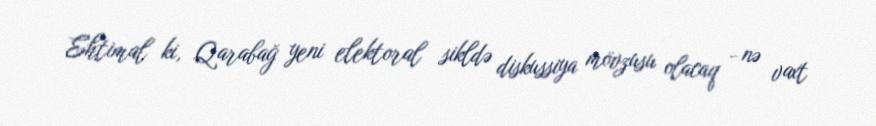
Ehtimal ki, Qarabağ yeni elektoral sikldə diskussiya mövzusu olacaq - nə vaxt